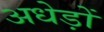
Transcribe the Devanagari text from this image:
अधेड़ों